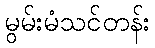
မွမ်းမံသင်တန်း